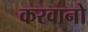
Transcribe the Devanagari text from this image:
करवानो